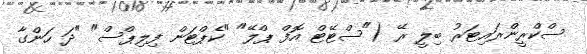
ސްކްރީންރައިޓަރު ބިލީ ރޭ ("ސްޓޭޓް އޮފް ޕްލޭ" "ކެޕްޓަން ފިލިޕްސް" "ދަ ހަންގާ